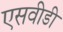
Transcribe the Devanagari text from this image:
एसवीडी